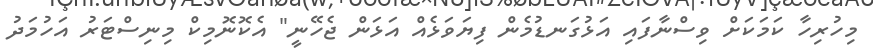
މިހުރިހާ ކަމަކަށް ވިސްނާފައި އަޅުގަނޑުމެން ފިޔަވަޅެއް އަޅަން ޖެހޭނީ" އެކޮނޮމިކް މިނިސްޓަރު އަހުމަދު